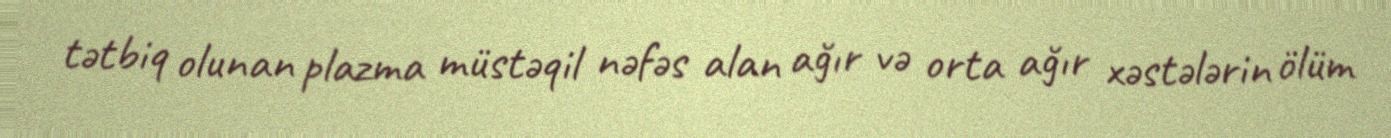
tətbiq olunan plazma müstəqil nəfəs alan ağır və orta ağır xəstələrin ölüm